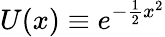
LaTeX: U(x)\equiv e^{-\frac{1}{2}x^{2}}